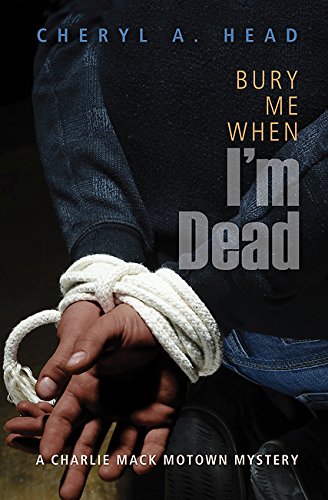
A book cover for Bury Me When I'm Dead: A Charlie Mack Motown Mystery; Cheryl A Head; Mystery, Thriller & Suspense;